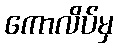
ကောလိပ်မှ